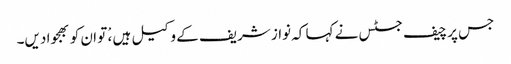
جس پر چیف جسٹس نے کہا کہ نواز شریف کے وکیل ہیں ،ْ تو ان کو بھجوا دیں۔